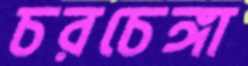
চরচেঙ্গা